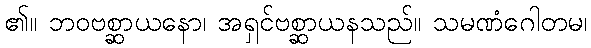
၏။ ဘဝဗစ္ဆာယနော၊ အရှင်ဗစ္ဆာယနသည်။ သမဏံဂေါတမ၊